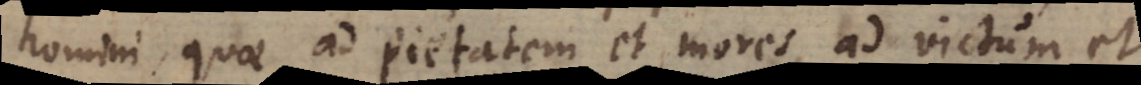
homini, quae ad pietatem et mores, ad victum et